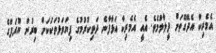
އެމެރިކާ އެދޭގޮތަށް ދީލާލުމެވެ. އެއީ އެމެރިކާ އަޅާފާނެ ދަތިކުރުމުގެ ފިޔަވަޅުތަކަކަށް ބިރުން ޔޫރަޕްގެ